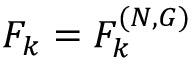
F _ { k } = F _ { k } ^ { ( N , G ) }